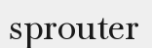
sprouter